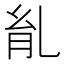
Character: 𦙌